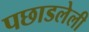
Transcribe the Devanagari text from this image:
पछाडलेली